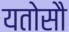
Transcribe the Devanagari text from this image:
यतोसौ